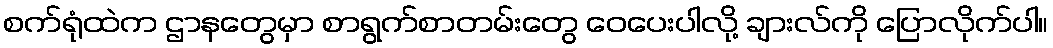
စက်ရုံထဲက ဌာနတွေမှာ စာရွက်စာတမ်းတွေ ဝေပေးပါလို့ ချားလ်ကို ပြောလိုက်ပါ။